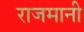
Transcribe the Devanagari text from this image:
राजमानी